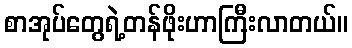
စာအုပ်တွေရဲ့တန်ဖိုးဟာကြီးလာတယ်။